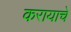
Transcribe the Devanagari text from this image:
करायाचे